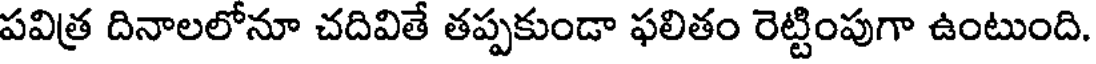
పవిత్ర దినాలలోనూ చదివితే తప్పకుండా ఫలితం రెట్టింపుగా ఉంటుంది.